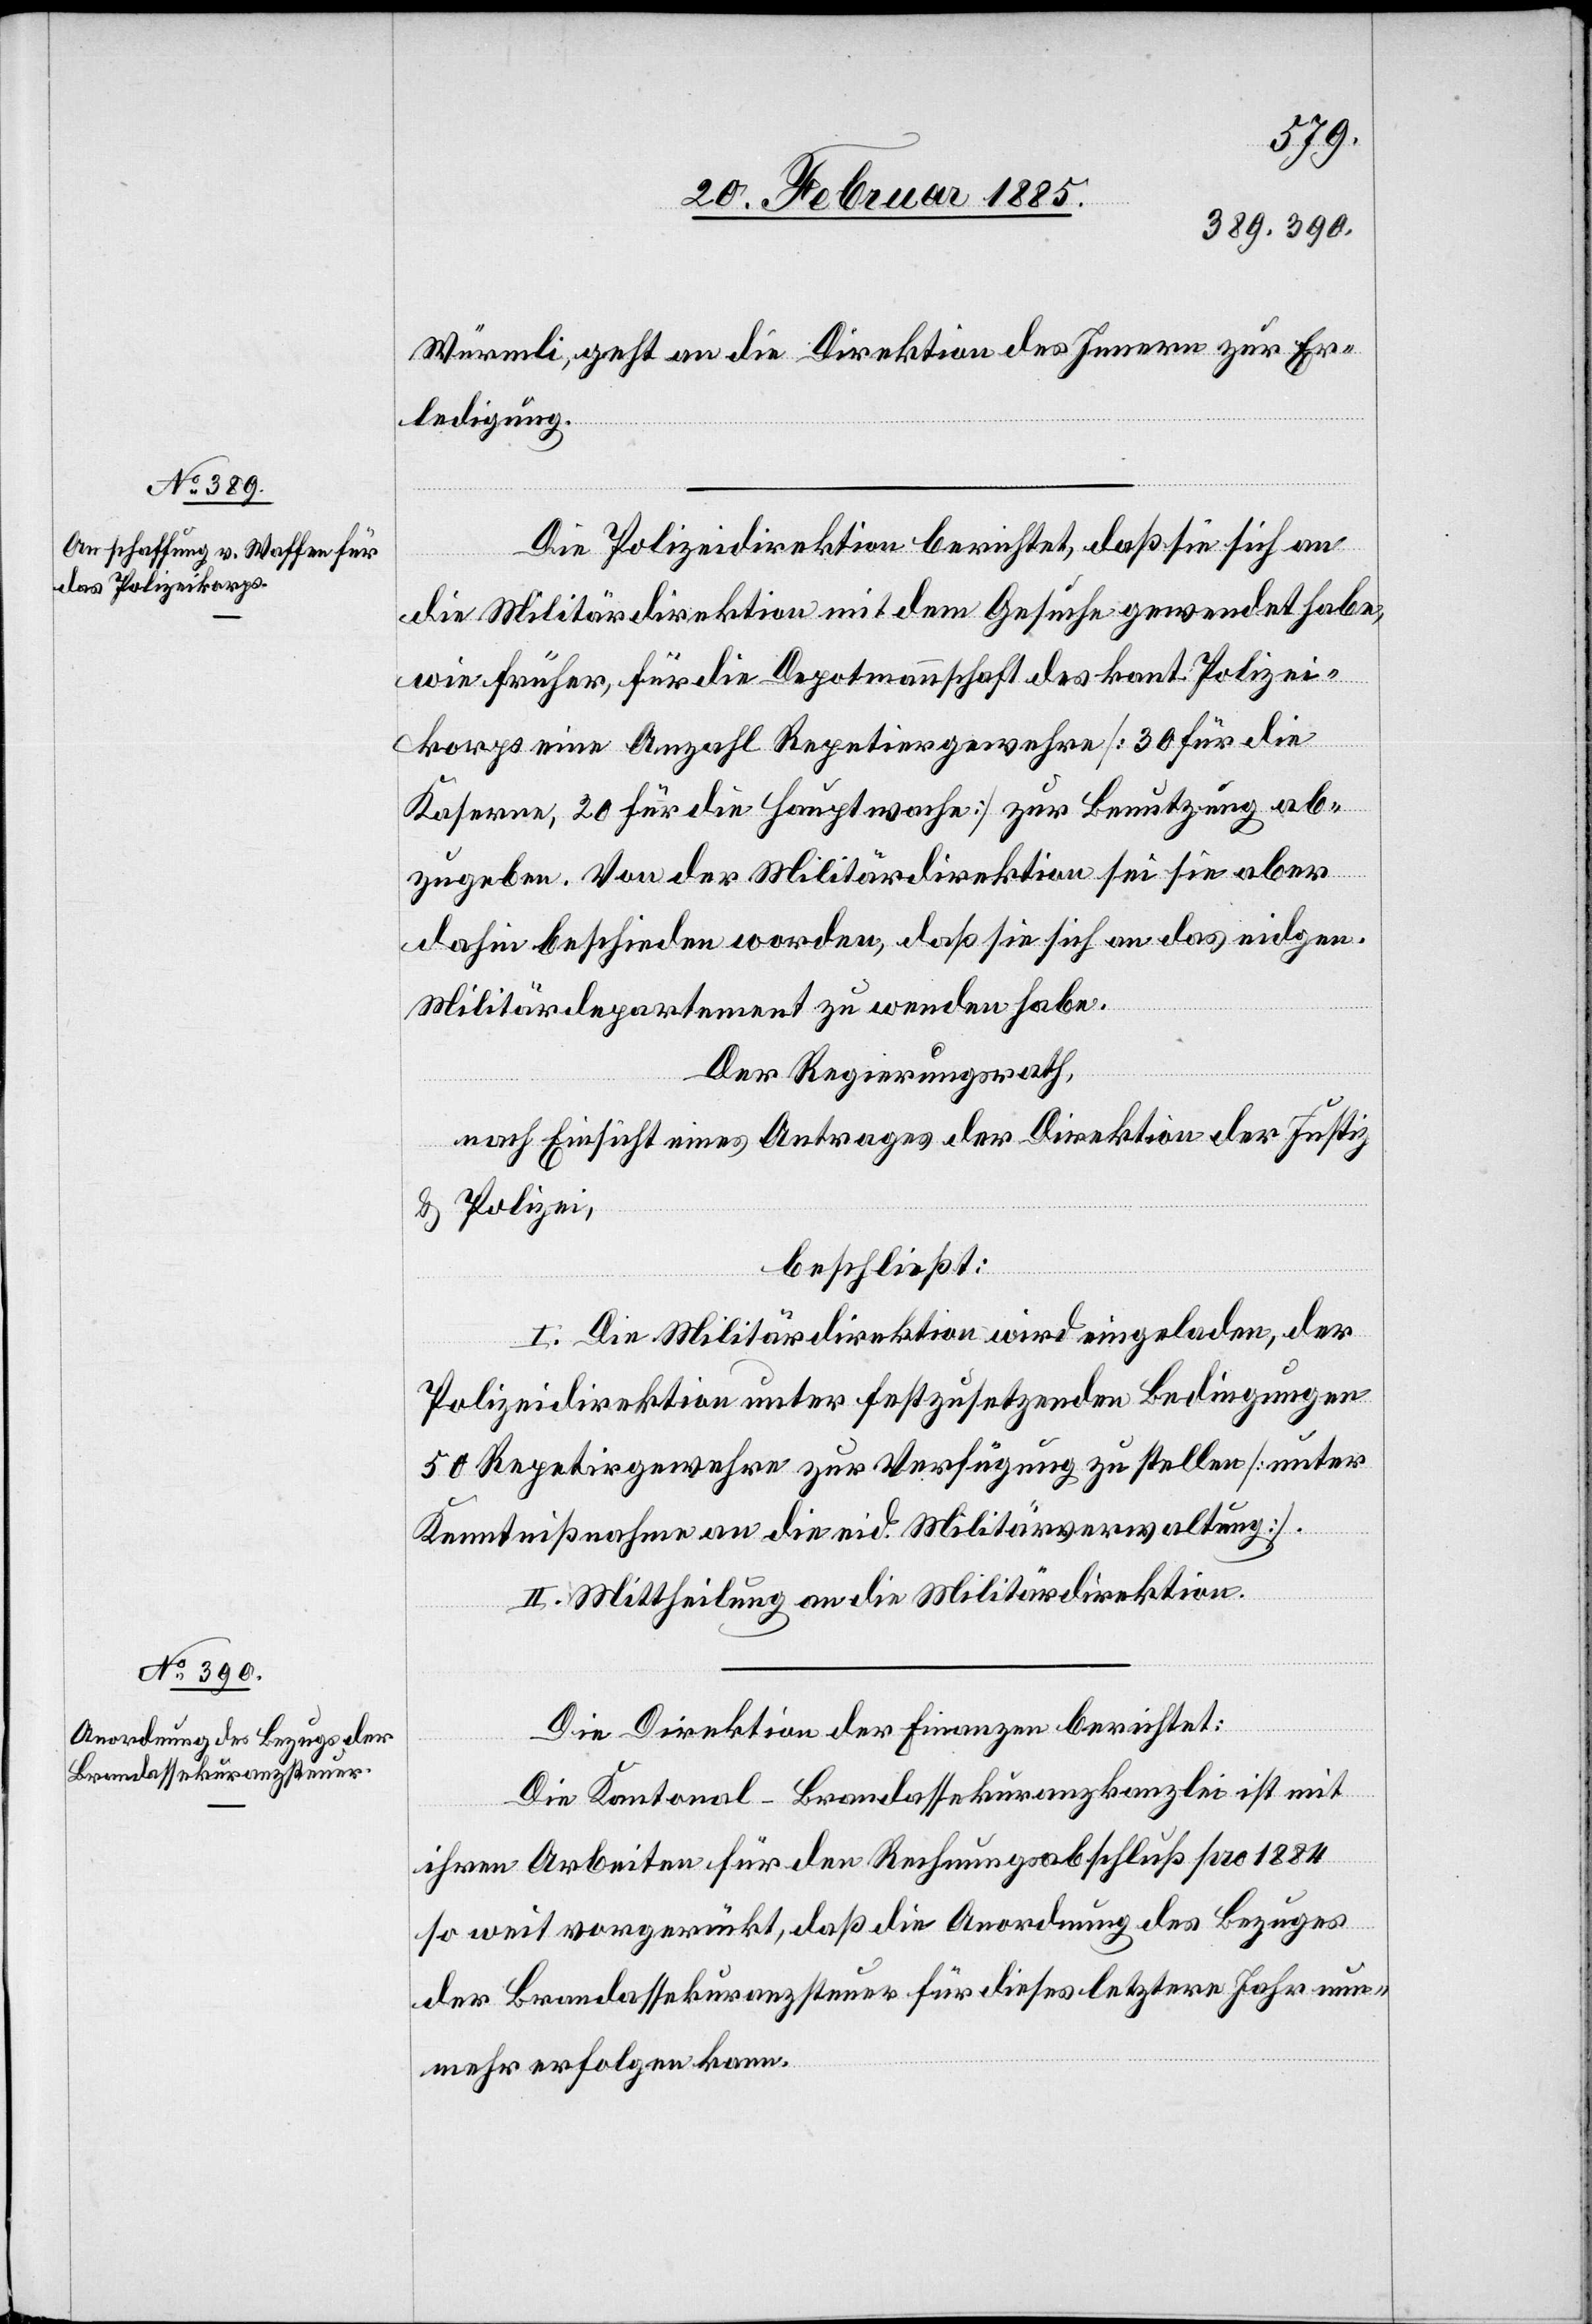
Würmli, geht an die Direktion des Innern zur Er¬
ledigung.
Die Polizeidirektion berichtet, daß sie sich an
die Militärdirektion mit dem Gesuche gewendet habe,
wie früher, für die Depotmannschaft des kant. Polizei¬
korps eine Anzahl Repetirgewehre [30 für die
Kaserne, 20 für die Hauptwache] zur Benutzung ab¬
zugeben. Von der Militärdirektion sei sie aber
dahin beschieden worden, daß sie sich an das eidgen.
Militärdepartement zu wenden habe.
Der Regierungsrath,
nach Einsicht eines Antrages der Direktion der Justiz
& Polizei,
beschließt:
I. Die Militärdirektion wird eingeladen, der
Polizeidirektion unter festzusetzenden Bedingungen
50 Repetirgewehre zur Verfügung zu stellen [unter
Kenntnißnahme an die eid. Militärverwaltung].
II. Mittheilung an die Militärdirektion.
Die Direktion der Finanzen berichtet:
Die Kantonal-Brandassekuranzkanzlei ist mit
ihren Arbeiten für den Rechnungsabschluß pro 1884
so weit vorgerückt, daß die Anordnung des Bezuges
der Brandassekuranzsteuer für dieses letztere Jahr nun¬
mehr erfolgen kann.